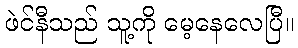
ဖဲင်နီသည် သူ့ကို မေ့နေလေပြီ။